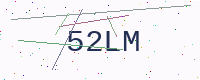
Text: 52LM